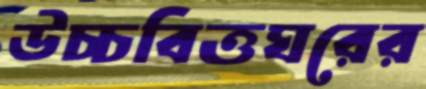
উচ্চবিত্তঘরের